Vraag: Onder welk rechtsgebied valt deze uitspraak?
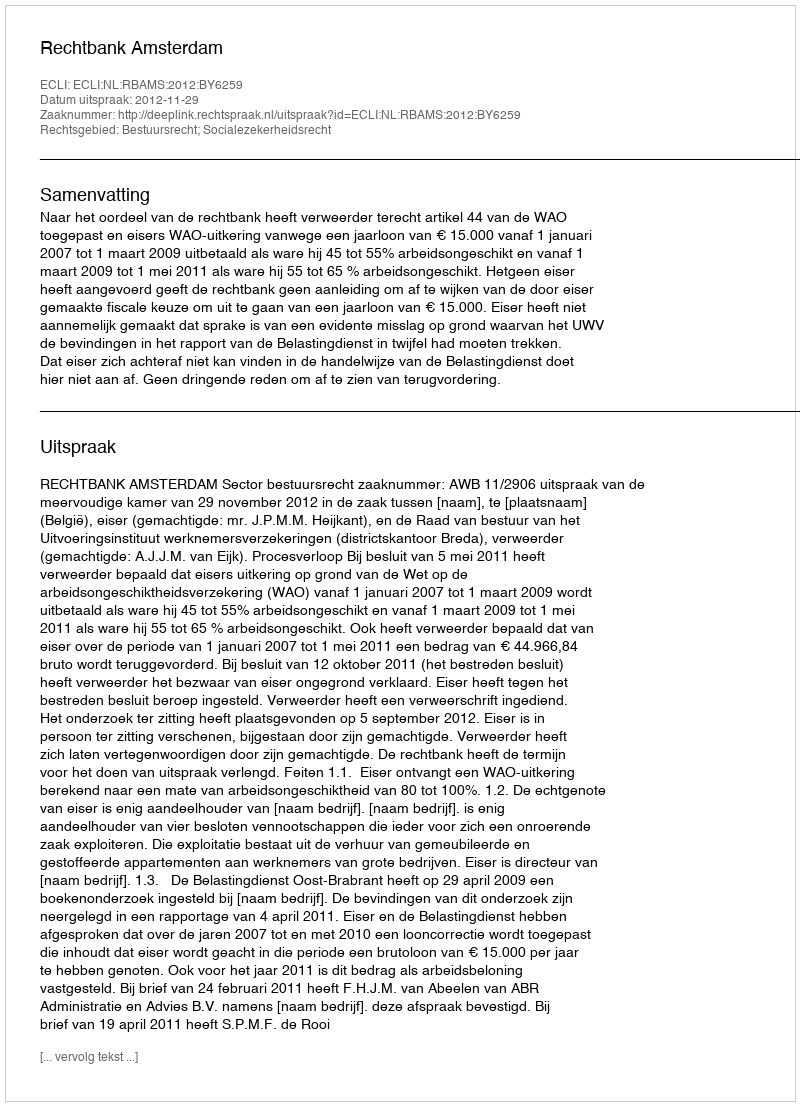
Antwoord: Bestuursrecht; Socialezekerheidsrecht